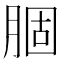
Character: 𫆣